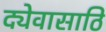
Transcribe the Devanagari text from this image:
द्येवासाठि